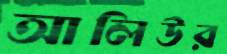
আলিউর